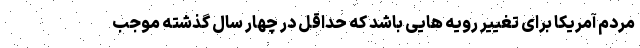
مردم آمریکا برای تغییر رویه هایی باشد که حداقل در چهار سال گذشته موجب